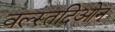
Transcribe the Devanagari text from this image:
वल्स्तदिओन्